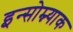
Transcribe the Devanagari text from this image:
इन्सोम्न्याक